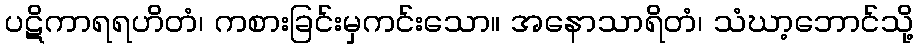
ပဋိကာရရဟိတံ၊ ကစားခြင်းမှကင်းသော။ အနောသာရိတံ၊ သံဃာ့ဘောင်သို့